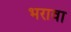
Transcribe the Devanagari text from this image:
भरावा